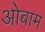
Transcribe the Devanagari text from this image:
ओबाम